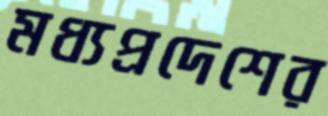
মধ্যপ্রদেশের